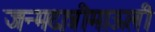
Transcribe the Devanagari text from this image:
जन्मदात्रीमाऊली